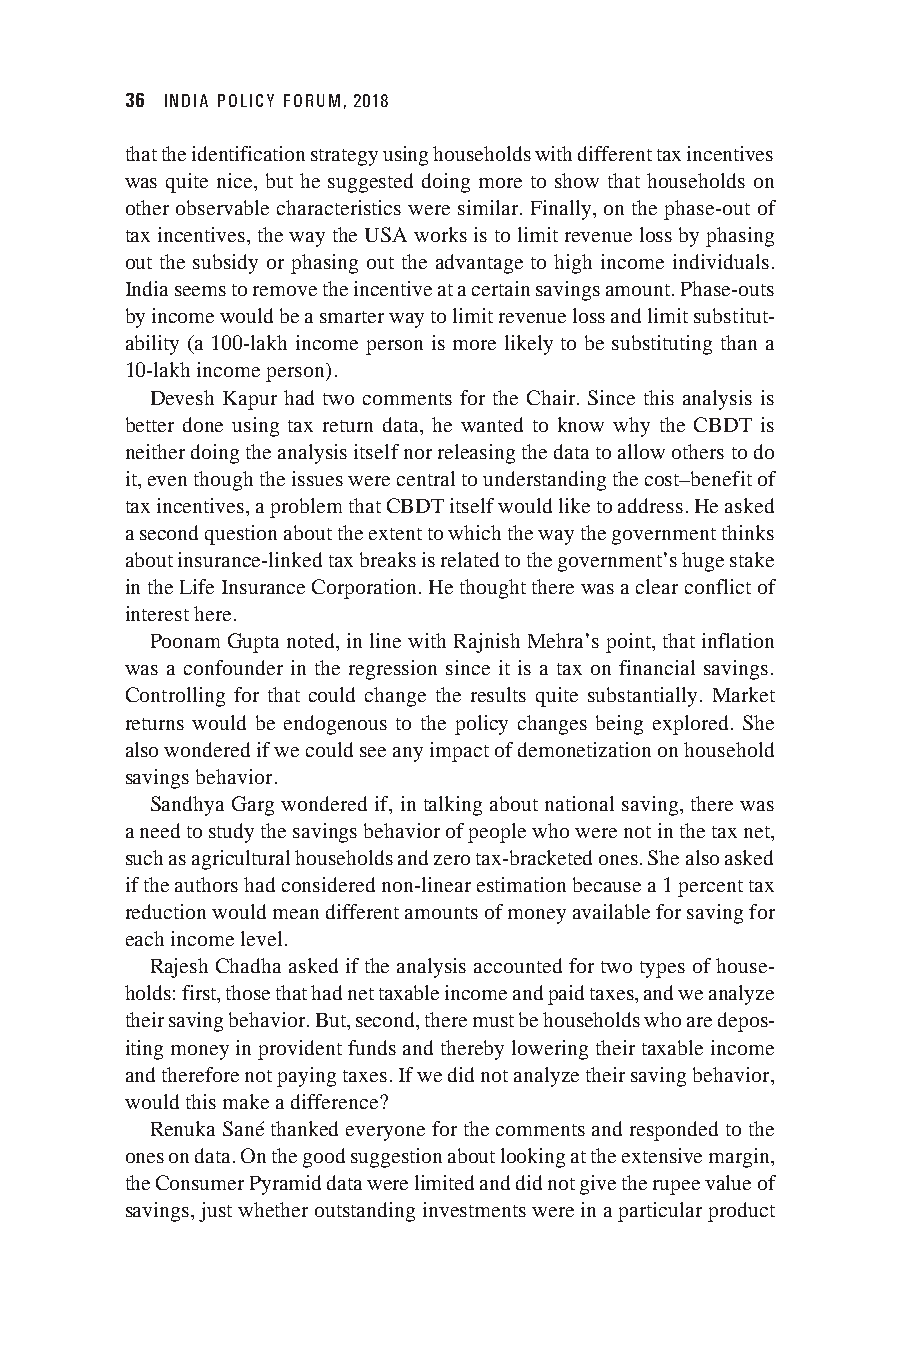
36 INDIA POLICY FORUM, 2018
 that the identification strategy using households with different tax incentives
 was quite nice, but he suggested doing more to show that households on
 other observable characteristics were similar. Finally, on the phase-out of
 tax incentives, the way the USA works is to limit revenue loss by phasing
 out the subsidy or phasing out the advantage to high income individuals.
 India seems to remove the incentive at a certain savings amount. Phase-outs
 by income would be a smarter way to limit revenue loss and limit substitut-
 ability (a 100-lakh income person is more likely to be substituting than a
 10-lakh income person).
 Devesh Kapur had two comments for the Chair. Since this analysis is
 better done using tax return data, he wanted to know why the CBDT is
 neither doing the analysis itself nor releasing the data to allow others to do
 it, even though the issues were central to understanding the cost–benefit of
 tax incentives, a problem that CBDT itself would like to address. He asked
 a second question about the extent to which the way the government thinks
 about insurance-linked tax breaks is related to the government’s huge stake
 in the Life Insurance Corporation. He thought there was a clear conflict of
 interest here.
 Poonam Gupta noted, in line with Rajnish Mehra’s point, that inflation
 was a confounder in the regression since it is a tax on financial savings.
 Controlling for that could change the results quite substantially. Market
 returns would be endogenous to the policy changes being explored. She
 also wondered if we could see any impact of demonetization on household
 savings behavior.
 Sandhya Garg wondered if, in talking about national saving, there was
 a need to study the savings behavior of people who were not in the tax net,
 such as agricultural households and zero tax-bracketed ones. She also asked
 if the authors had considered non-linear estimation because a 1 percent tax
 reduction would mean different amounts of money available for saving for
 each income level.
 Rajesh Chadha asked if the analysis accounted for two types of house-
 holds: first, those that had net taxable income and paid taxes, and we analyze
 their saving behavior. But, second, there must be households who are depos-
 iting money in provident funds and thereby lowering their taxable income
 and therefore not paying taxes. If we did not analyze their saving behavior,
 would this make a difference?
 Renuka Sané thanked everyone for the comments and responded to the
 ones on data. On the good suggestion about looking at the extensive margin,
 the Consumer Pyramid data were limited and did not give the rupee value of
 savings, just whether outstanding investments were in a particular product